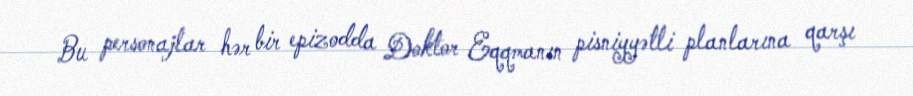
Bu personajlar hər bir epizodda Doktor Eqqmanın pisniyyətli planlarına qarşı